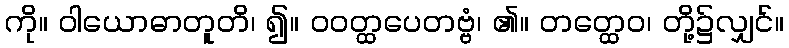
ကို။ ဝါယောဓာတူတိ၊ ၍။ ဝဝတ္ထပေတဗ္ဗံ၊ ၏။ တတ္ထေဝ၊ တို့၌လျှင်။